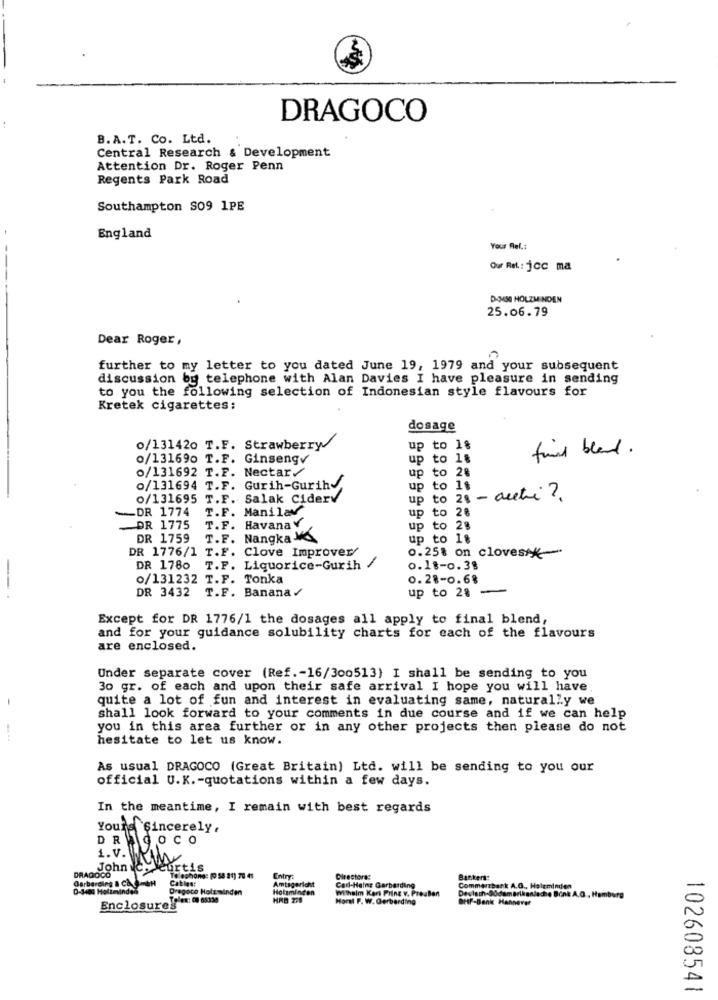
DRAGOCO
B.A.T. Co. Ltd.
Central Research & Development
Attention Dr. Roger Penn
Regents Park Road
Southampton SO9 1PE
England
Your Ref .:
Our Rit .: jcc ma
DAMSE HOLZMINDEN
25.06.79
Dear Roger,
further to my letter to you dated June 19, 1979 and your subsequent
discussion by telephone with Alan Davies I have pleasure in sending
to you the following selection of Indonesian style flavours for
Kretek cigarettes:
dosage
o/131420 T.F. Strawberry/
up to 18
find bland.
0/131690 T.F. Ginsengv
up to 18
o/131692 T.F. Nectar/
up to 28
o/131694 T.F. Gurih-GurihJ,
up to 1$
o/131695 T.F. Salak Ciderv
up to 28 - aceti ?.
-DR 1774
T.F. Manilay
up to 28
DR 1775
T.F.
HavanaY
up to 28
DR 1759
T.F. Nangka -M
up to 18
DR 1776/1 T.F. Clove Improver/
0.25% on cloves **
DR 1780
T.F. Liquorice-Gurih .
0.18-0.38
o/131232 T.F. Tonka
0.28-0.6%
-
DR 3432
T.F. Banana /
up to 28 -
Except for DR 1776/1 the dosages all apply to final blend,
and for your guidance solubility charts for each of the flavours
are enclosed.
Under separate cover (Ref .- 16/300513) I shall be sending to you
30 gr. of each and upon their safe arrival I hope you will have
quite a lot of fun and interest in evaluating same, naturally we
-
shall look forward to your comments in due course and if we can help
--
you in this area further or in any other projects then please do not
hesitate to let us know.
As usual DRAGOCO (Great Britain) Ltd. will be sending to you our
official U.K. - quotations within a few days.
In the meantime, I remain with best regards
Yours Sincerely,
GOCO
John co curtis
DRAGOCO
Garberding & CAD-GH
Telephonge [0 54 21) 70 4:
Cables:
Entry:
Amtsgericht
Directora:
Carl-Heinz Garbarding
Backers:
D-3400 Holtevinden
Dragoce Holzminden
Holzminden
Withsim Kart Prinz v. PreuBen
Commerzbank A.O ., Halaminden
HRB 278
Horst F. W. @erberding
Devlach-9Odamerikanische Bonk A.O. , Hamburg
Ortf-Bank Hannover
Enclosure!"
102608541